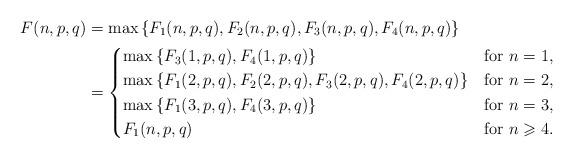
LaTeX: \begin{align*}F(n,p,q)&=\max\left\{F_1(n,p,q),F_2(n,p,q),F_3(n,p,q),F_4(n,p,q)\right\}\\&=\begin{cases}\max\left\{F_3(1,p,q),F_4(1,p,q)\right\}&\mbox{for}\ n=1,\\\max\left\{F_1(2,p,q),F_2(2,p,q),F_3(2,p,q),F_4(2,p,q)\right\}&\mbox{for}\ n=2,\\\max\left\{F_1(3,p,q),F_4(3,p,q)\right\}&\mbox{for}\ n=3,\\F_1(n,p,q)&\mbox{for}\ n\geqslant4.\end{cases}\end{align*}